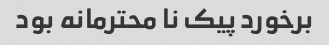
برخورد پیک نا محترمانه بود